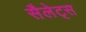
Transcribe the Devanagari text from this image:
सैलेट्स